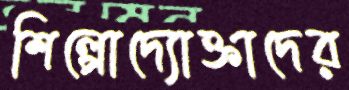
শিল্পোদ্যোক্তাদের